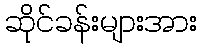
ဆိုင်ခန်းများအား